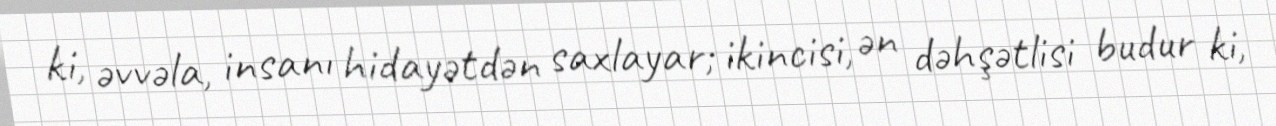
ki, əvvəla, insanı hidayətdən saxlayar; ikincisi, ən dəhşətlisi budur ki,